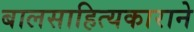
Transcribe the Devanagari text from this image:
बालसाहित्यकाराने